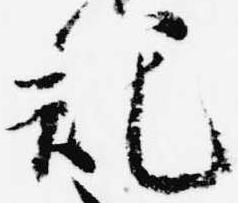
記